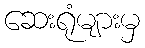
ဆေးရုံများမှ